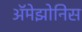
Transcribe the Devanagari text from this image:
ॲमेझोनिस